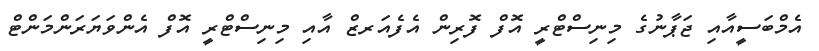
އެމްބަސީއާއި ޖަޕާނުގެ މިނިސްޓްރީ އޮފް ފޮރިން އެފެއަރޒް އާއި މިނިސްޓްރީ އޮފް އެންވަޔަރަންމަންޓް